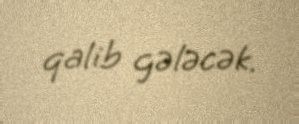
qalib gələcək.